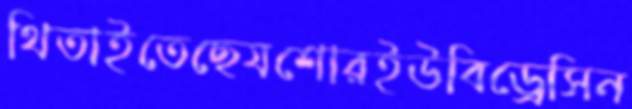
থিতাইতেছেযশোরইউবিড্রেসিন